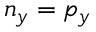
n _ { y } = p _ { y }